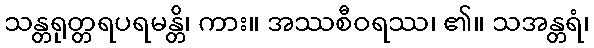
သန္တရုတ္တရပရမန္တိ၊ ကား။ အဿစီဝရဿ၊ ၏။ သအန္တရံ၊